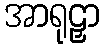
အာရုဠှာ